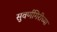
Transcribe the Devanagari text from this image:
सुवर्णगिरीच्या